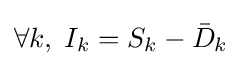
\forall k,\;I_{k}=S_{k}-{\bar {D}}_{k}